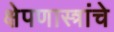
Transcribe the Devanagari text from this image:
क्षेपणास्त्रांचे